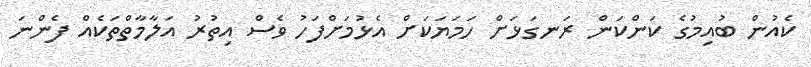
ކެއުން ބުއިމުގެ ކަންކަން ރަނގަޅަށް ހަމަޔަކަށް އެޅުމަށްފަހު ވެސް އިތުރު އަލާމާތްތަކެއް ފެންނަ